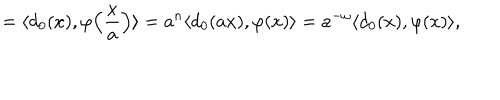
= \langle d _ { 0 } ( x ) , \varphi \Bigl ( \frac { x } { a } \Bigr ) \rangle = a ^ { n } \langle d _ { 0 } ( a x ) , \varphi ( x ) \rangle = a ^ { - \omega } \langle d _ { 0 } ( x ) , \varphi ( x ) \rangle ,